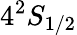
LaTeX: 4^{2}S_{1/2}